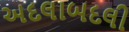
અદલાબદલી